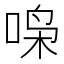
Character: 𫪧